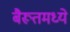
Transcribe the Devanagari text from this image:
बैरूतमध्ये